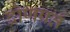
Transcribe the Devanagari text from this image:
द्रोणपर्त